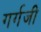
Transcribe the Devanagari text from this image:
गर्गजी